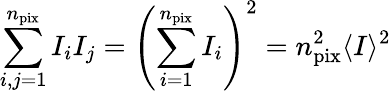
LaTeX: \sum_{i,j=1}^{n_{\mathrm{pix}}}I_{i}I_{j}=\left(\sum_{i=1}^{n_{\mathrm{pix}}}I_{i}\right)^{2}=n_{\mathrm{pix}}^{2}\langle I\rangle^{2}